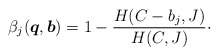
\begin{align*}{\beta_j}(\boldsymbol{q},\boldsymbol{b})=1 - \frac{{H(C - {b_j},J)}}{{H(C,J)}} \cdot\end{align*}